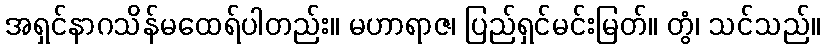
အရှင်နာဂသိန်မထေရ်ပါတည်း။ မဟာရာဇ၊ ပြည်ရှင်မင်းမြတ်။ တွံ၊ သင်သည်။